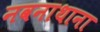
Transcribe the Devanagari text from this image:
नवनाथाना